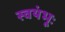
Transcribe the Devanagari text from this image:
स्वयंभूः